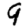
Digit: 9